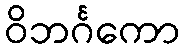
ဝိဘင်္ဂကော